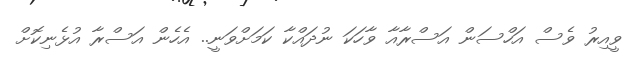
ވީއިރު ވެސް އަހްސަން އަސްރާއާ ވާހަކަ ނުދައްކާ ކަމަށްވަނީ.. އެހެން އަސްރާ އުޅެނިކޮށް